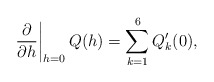
\begin{align*}\left.\frac{\partial}{\partial h}\right|_{h=0} Q(h)=\sum\limits_{k=1}^6 Q'_k(0),\end{align*}